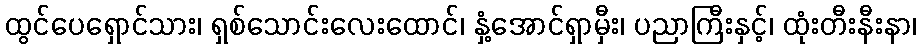
ထွင်ပေရှောင်သား၊ ရှစ်သောင်းလေးထောင်၊ နှံ့အောင်ရှာမှီး၊ ပညာကြီးနှင့်၊ ထုံးတီးနီးနာ၊